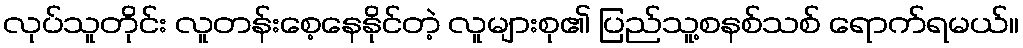
လုပ်သူတိုင်း လူတန်းစေ့နေနိုင်တဲ့ လူများစု၏ ပြည်သူ့စနစ်သစ် ရောက်ရမယ်။